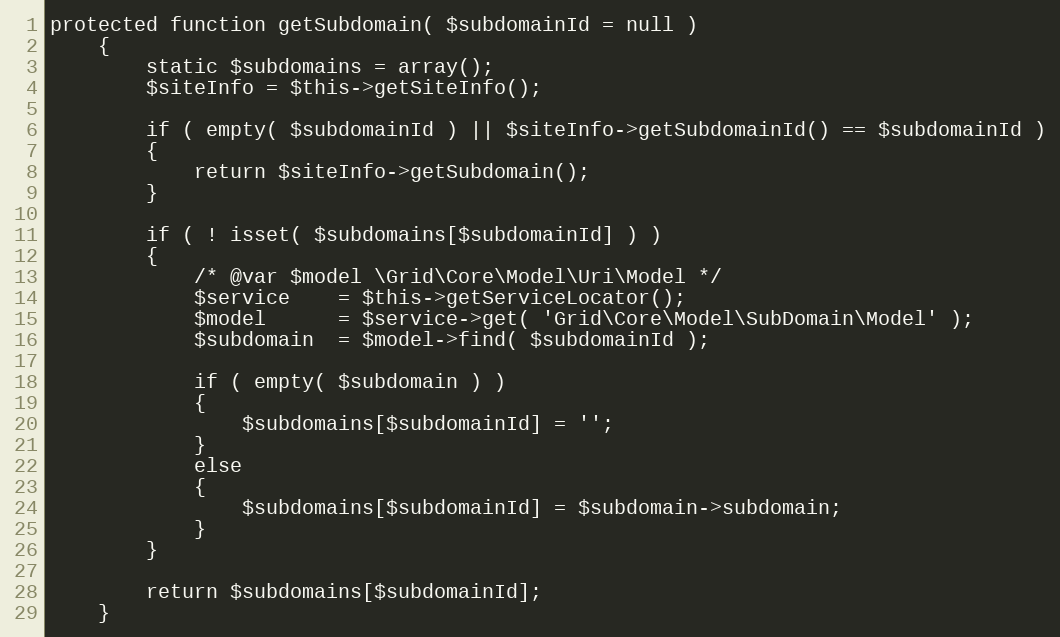
Language: PHP
protected function getSubdomain( $subdomainId = null )
    {
        static $subdomains = array();
        $siteInfo = $this->getSiteInfo();

        if ( empty( $subdomainId ) || $siteInfo->getSubdomainId() == $subdomainId )
        {
            return $siteInfo->getSubdomain();
        }

        if ( ! isset( $subdomains[$subdomainId] ) )
        {
            /* @var $model \Grid\Core\Model\Uri\Model */
            $service    = $this->getServiceLocator();
            $model      = $service->get( 'Grid\Core\Model\SubDomain\Model' );
            $subdomain  = $model->find( $subdomainId );

            if ( empty( $subdomain ) )
            {
                $subdomains[$subdomainId] = '';
            }
            else
            {
                $subdomains[$subdomainId] = $subdomain->subdomain;
            }
        }

        return $subdomains[$subdomainId];
    }